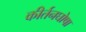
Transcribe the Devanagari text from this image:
कीर्तनघोषा